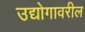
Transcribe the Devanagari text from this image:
उद्योगावरील